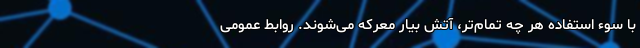
با سوء استفاده هر چه تمام‌تر، آتش بیار معرکه می‌شوند. روابط عمومی